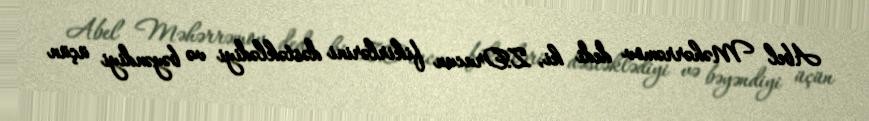
Abel Məhərrəmov dedi ki, Z.Orucun fikirlərini dəstəklədiyi və bəyəndiyi üçün